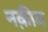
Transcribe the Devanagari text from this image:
नक़ीब